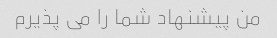
من پیشنهاد شما را می پذیرم